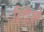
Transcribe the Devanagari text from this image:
हिंदीओ